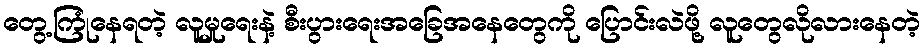
တွေ့ကြုံနေရတဲ့ လူမှုရေးနဲ့ စီးပွားရေးအခြေအနေတွေကို ပြောင်းလဲဖို့ လူတွေလိုလားနေတဲ့